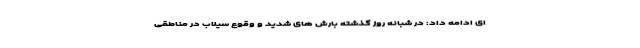
ای ادامه داد: در شبانه روز گذشته بارش های شدید و وقوع سیلاب در مناطقی